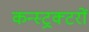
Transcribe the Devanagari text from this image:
कन्स्ट्रक्टरों